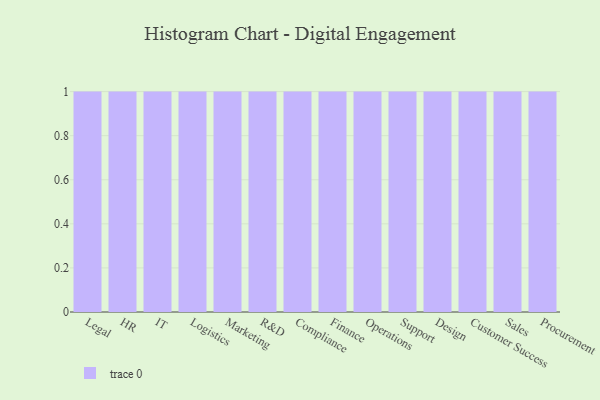
{"axis": {"x": "Department", "y": "Operating Costs (USD K)"}, "legend": [""], "data": [{"x": "Legal", "y": 100, "type": ""}, {"x": "HR", "y": 83, "type": ""}, {"x": "IT", "y": 85, "type": ""}, {"x": "Logistics", "y": 49, "type": ""}, {"x": "Marketing", "y": 98, "type": ""}, {"x": "R&D", "y": 31, "type": ""}, {"x": "Compliance", "y": 42, "type": ""}, {"x": "Finance", "y": 56, "type": ""}, {"x": "Operations", "y": 84, "type": ""}, {"x": "Support", "y": 24, "type": ""}, {"x": "Design", "y": 26, "type": ""}, {"x": "Customer Success", "y": 39, "type": ""}, {"x": "Sales", "y": 21, "type": ""}, {"x": "Procurement", "y": 87, "type": ""}]}